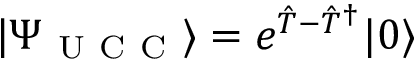
| \Psi _ { \mathrm { ~ U ~ C ~ C ~ } } \rangle = e ^ { \hat { T } - \hat { T } ^ { \dagger } } | 0 \rangle